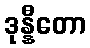
ဒုန္နီတော